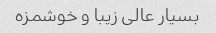
بسیار عالی زیبا و خوشمزه